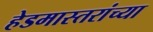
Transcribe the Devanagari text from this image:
हेडमास्तरांच्या